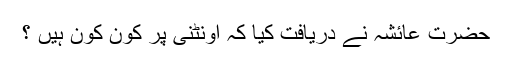
حضرت عائشہؓ نے دریافت کیا کہ اونٹنی پر کون کون ہیں ؟